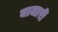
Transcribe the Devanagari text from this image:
बाजारीं